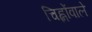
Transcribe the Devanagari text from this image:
चिह्नोंवाले